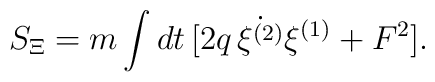
S_{\Xi} = m \int dt \, [ 2 q \,\dot{\xi^{(2)}} \xi^{(1)} + F^2].